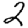
Digit: 2